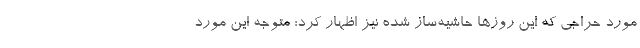
مورد حراجی که این روزها حاشیه‌ساز شده نیز اظهار کرد: متوجه این مورد